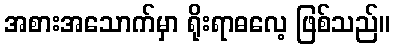
အစားအသောက်မှာ ရိုးရာဓလေ့ ဖြစ်သည်။